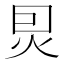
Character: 𤇀